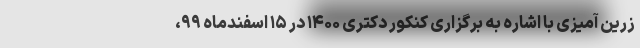
زرین آمیزی با اشاره به برگزاری کنکور دکتری ۱۴۰۰ در ۱۵ اسفندماه ۹۹،